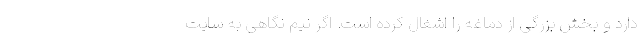
دارد و بخش بزرگی از دماغه را اشغال کرده است. اگر نیم نگاهی به سایت